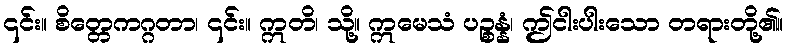
၎င်း။ စိတ္တေကဂ္ဂတာ၊ ၎င်း။ ဣတိ၊ သို့။ ဣမေသံ ပဉ္စန္နံ၊ ဤငါးပါးသော တရားတို့၏။